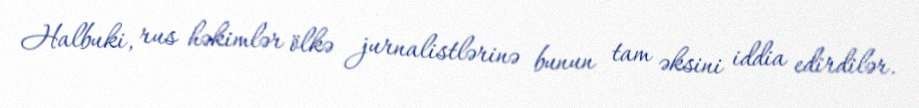
Halbuki, rus həkimlər ölkə jurnalistlərinə bunun tam əksini iddia edirdilər.